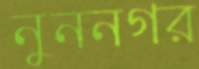
নুননগর